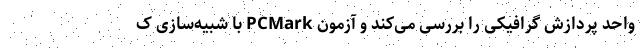
واحد پردازش گرافیکی را بررسی می‌کند و آزمون PCMark با شبیه‌سازی ک